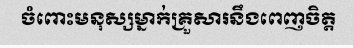
ចំពោះមនុស្សម្នាក់គ្រួសារនឹងពេញចិត្ត